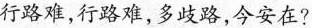
行路难，行路难，多歧路，今安在?